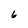
Character: 6